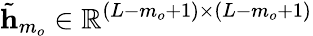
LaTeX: \tilde{\mathbf{h}}_{m_{o}}\in\mathbb{R}^{(L-m_{o}+1)\times(L-m_{o}+1)}